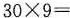
$$3 0 \times 9 =$$